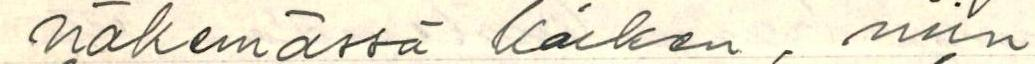
näkemässä kaiken, niin